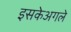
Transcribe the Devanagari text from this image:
इसकेअगले